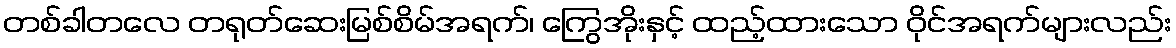
တစ်ခါတလေ တရုတ်ဆေးမြစ်စိမ်အရက်၊ ကြွေအိုးနှင့် ထည့်ထားသော ဝိုင်အရက်များလည်း